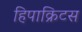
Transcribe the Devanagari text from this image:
हिपाक्रिटस